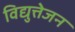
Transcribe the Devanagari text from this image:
विद्युत्तेजन